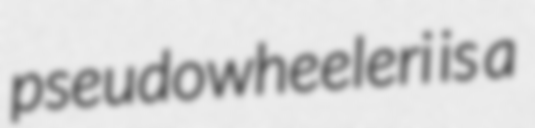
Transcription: pseudowheeleri is a